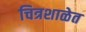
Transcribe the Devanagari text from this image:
चित्रशाळेत